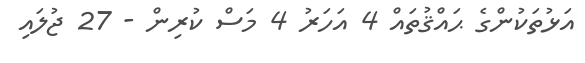
އަޅުތަކުންގެ ޙައްޤުތައް 4 އަހަރު 4 މަސް ކުރިން - 27 ޖުލައި